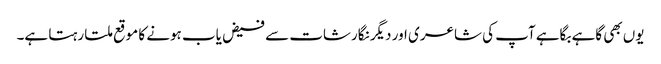
یوں بھی گاہے بگاہے آپ کی شاعری اور دیگر نگارشات سے فیض یاب ہونے کا موقع ملتا رہتا ہے۔